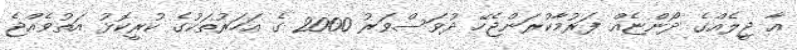
އާ ޖީލެއްގެ ދޯންޏެއް ފަރުމާކުރަންޖެހޭ ދުވަސްވަރު 2000 ގެ އަހަރުތަކުގެ ކުރީކޮޅު އަތުވެއްޖެ